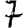
Digit: 7